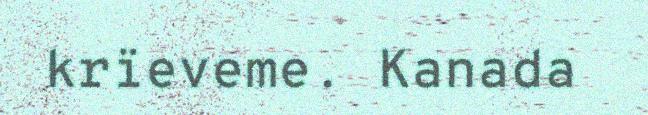
krïeveme. Kanada